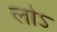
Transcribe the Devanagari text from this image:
लोऽ